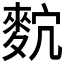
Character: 𪌡